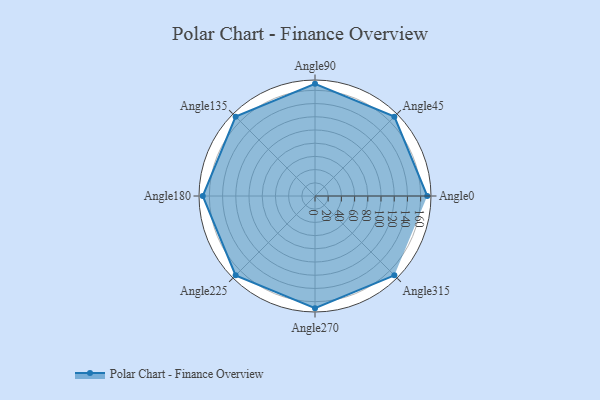
{"axis": {"x": "Angle", "y": "Radius"}, "legend": [""], "data": [{"x": "Angle0", "y": 170, "type": ""}, {"x": "Angle45", "y": 170.0, "type": ""}, {"x": "Angle90", "y": 170, "type": ""}, {"x": "Angle135", "y": 170, "type": ""}, {"x": "Angle180", "y": 170, "type": ""}, {"x": "Angle225", "y": 170, "type": ""}, {"x": "Angle270", "y": 170, "type": ""}, {"x": "Angle315", "y": 170, "type": ""}]}